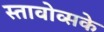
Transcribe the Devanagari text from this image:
स्तावोव्सके